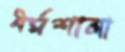
ধর্মশালা